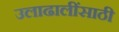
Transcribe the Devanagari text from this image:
उलाढालींसाठी